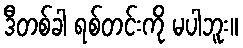
ဒီတစ်ခါ ရစ်တင်းကို မပါဘူး။